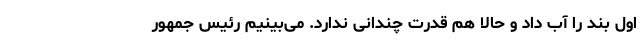
اول بند را آب داد و حالا هم قدرت چندانی ندارد. می‌بینیم رئیس جمهور